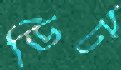
ডিট